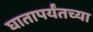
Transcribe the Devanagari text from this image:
घातापर्यंतच्या